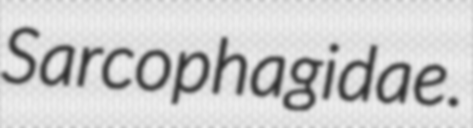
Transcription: Sarcophagidae.